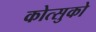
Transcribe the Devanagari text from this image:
कोत्सुको